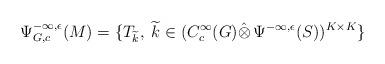
LaTeX: \begin{align*}\Psi^{-\infty,\epsilon}_{G,c}(M)=\{T_{\widetilde{k}},\; \widetilde{k}\in(C^\infty_c (G)\hat{\otimes}\, \Psi^{-\infty,\epsilon}(S))^{K\times K}\}\end{align*}